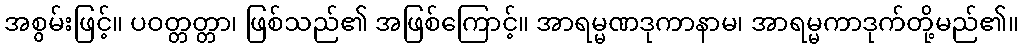
အစွမ်းဖြင့်။ ပဝတ္တတ္တာ၊ ဖြစ်သည်၏ အဖြစ်ကြောင့်။ အာရမ္မဏဒုကာနာမ၊ အာရမ္မကာဒုက်တို့မည်၏။